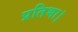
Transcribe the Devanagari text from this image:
प्रतिभा।